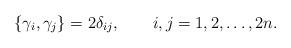
LaTeX: \begin{align*}\{\gamma_i,\gamma_j\} =2\delta_{ij}, \qquad i,j=1,2,\ldots ,2n. \end{align*}